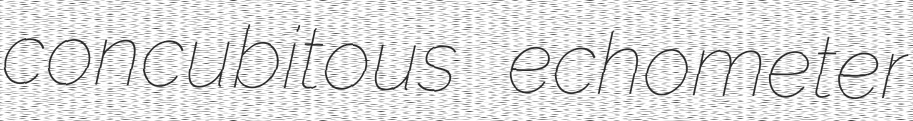
concubitous echometer